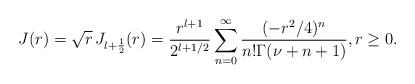
LaTeX: \begin{align*}J(r) = \sqrt{r}\, J_{l+\frac{1}{2}}(r) = \frac{r^{l+1}}{2^{l+1/2}} \sum_{n=0}^\infty \frac{(-r^2/4)^n}{n!\Gamma(\nu+n+1)}, r\ge 0.\end{align*}